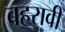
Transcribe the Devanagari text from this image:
बहरावी